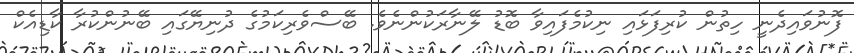
ފޮނުވައިދެނީ ހިތުން ކުރިފަޅައި ނިކުމެފައިވާ ބޮޑު ލޭނާރަކުންނެވެ. ބޭސްވެރިކަމުގެ ދުނިޔޭގައި ބޭނުންކުރާ ކާޑިއެކް